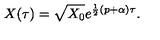
X ( \tau ) = \sqrt { X _ { 0 } } e ^ { \frac 1 2 \left( p + \alpha \right) \tau } .